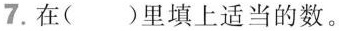
7.在()里填上适当的数。